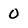
Character: 0